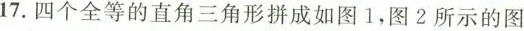
17.四个全等的直角三角形拼成如图1，图2所示的图